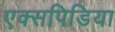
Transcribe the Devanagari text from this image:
एक्सपिडिया